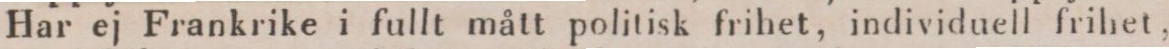
Har ej Frankrike i fullt mått politisk frihet, individuell frihet,